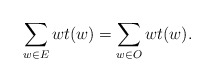
\begin{align*}\sum_{w \in E} wt(w) = \sum_{w \in O} wt(w). \end{align*}